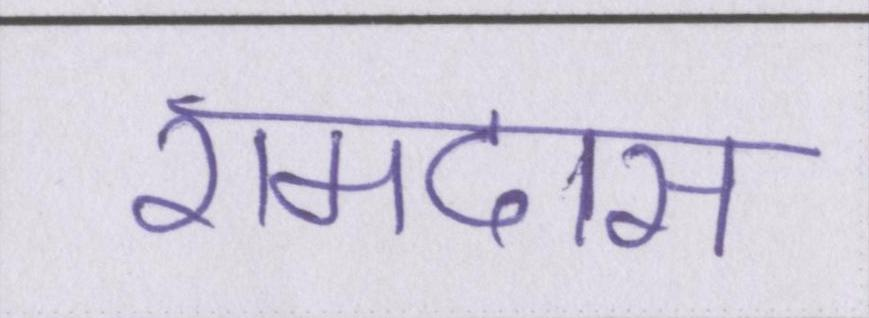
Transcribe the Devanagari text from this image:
रामदास